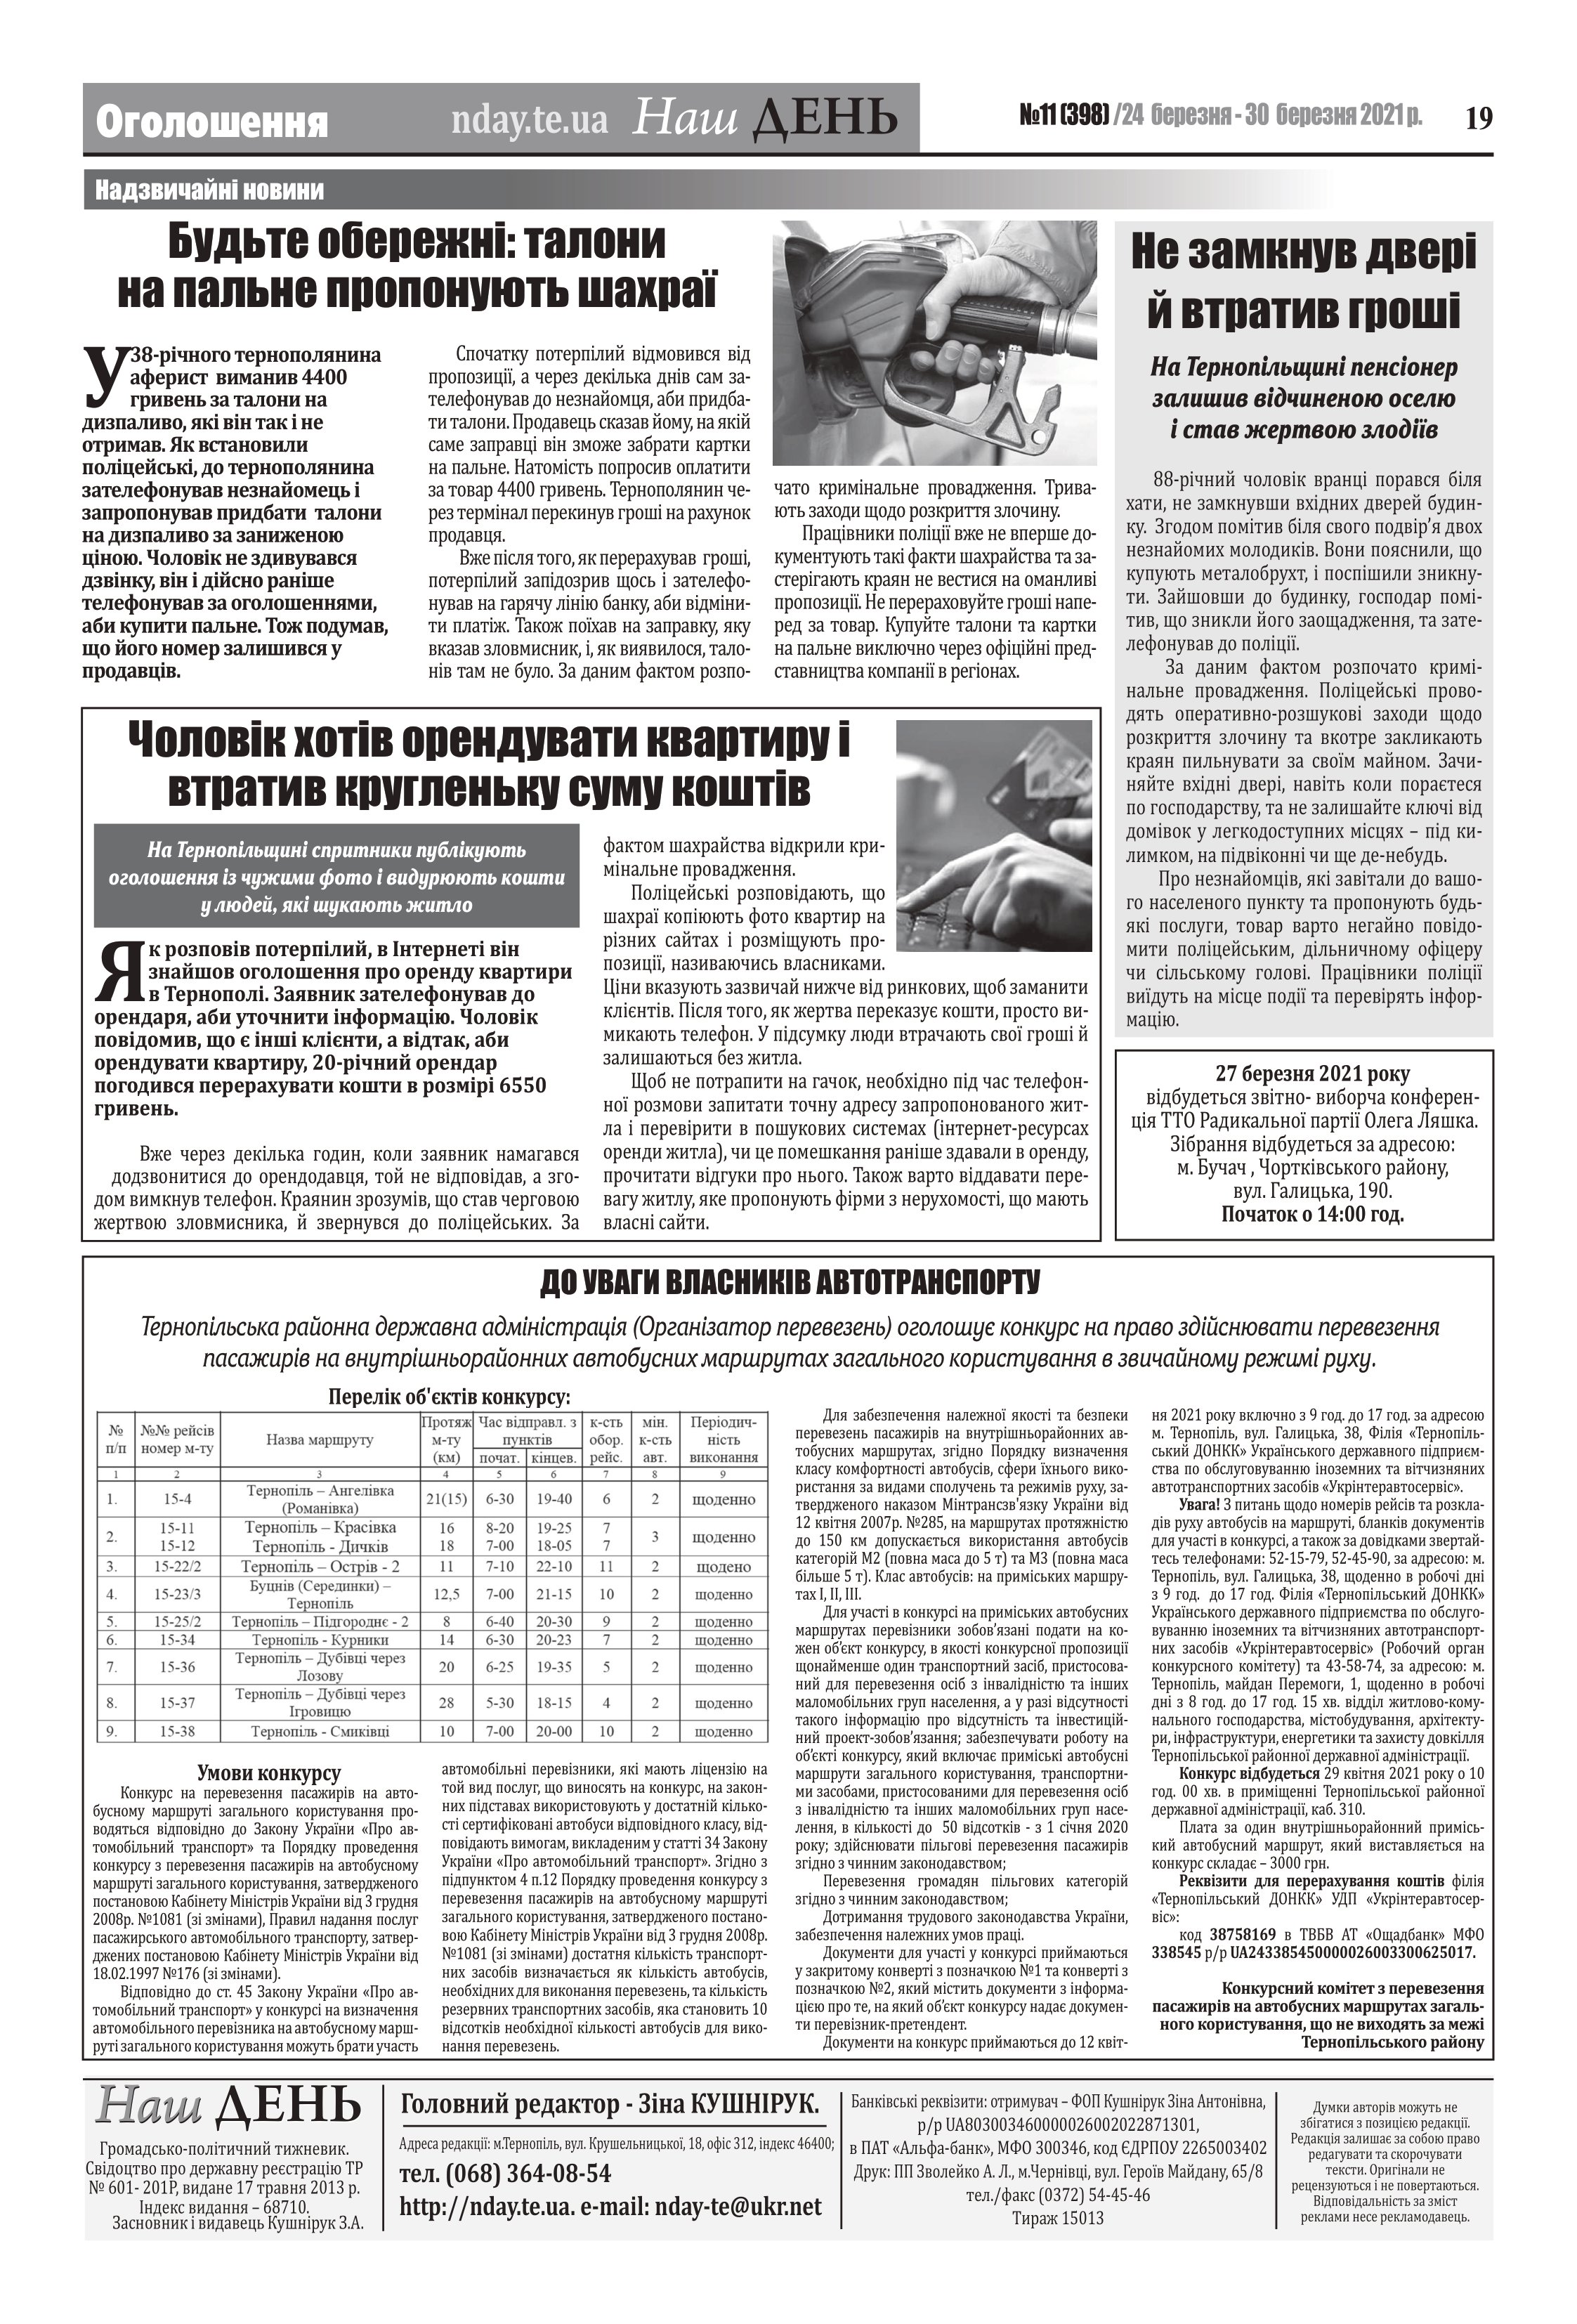
Language: uk